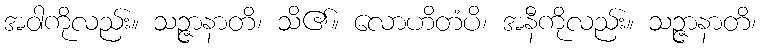
အဝါကိုလည်း။ သဉ္ဇာနာတိ၊ သိ၏။ လောဟိတံပိ၊ အနီကိုလည်း။ သဉ္ဇာနာတိ၊